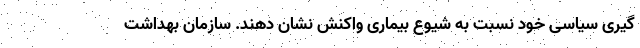
گیری سیاسی خود نسبت به شیوع بیماری واکنش نشان دهند. سازمان بهداشت